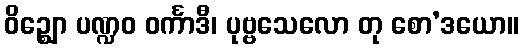
ဝိဉ္ဈော ပဏ္ဍဝ ဝင်္ကာဒီ၊ ပုဗ္ဗသေလော တု စော’ဒယော။